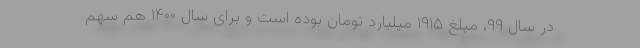
در سال ۹۹، مبلغ ۱۹۱۵ میلیارد تومان بوده است و برای سال ۱۴۰۰ هم سهم